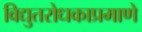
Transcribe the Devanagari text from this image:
विद्युतरोधकाप्रमाणे